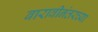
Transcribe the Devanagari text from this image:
बारावीनंतरच्या